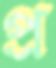
প্র